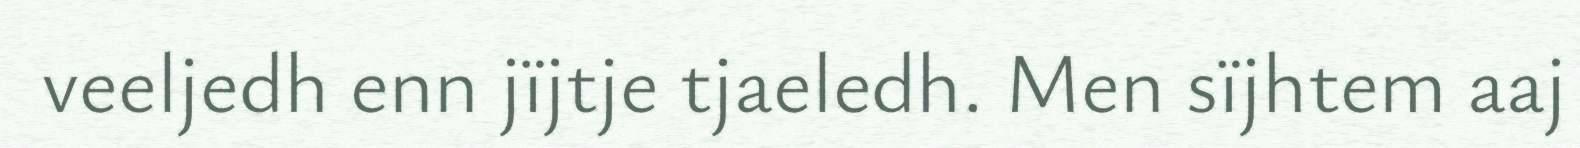
veeljedh enn jïjtje tjaeledh. Men sïjhtem aaj